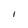
Character: l